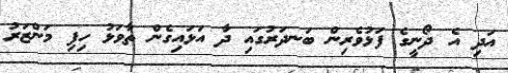
އަދި އެ ދޯނީގެ ފަޅުވެރިން ބަނދަރުގައި ދާ އަޅައިގެން ތާވަޅު ހިފި މަންޒަރު